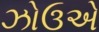
ઝોઉએ